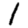
Digit: 1